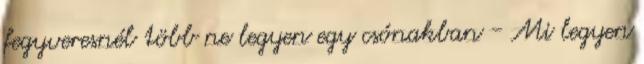
fegyveresnél több ne legyen egy csónakban - Mi legyen